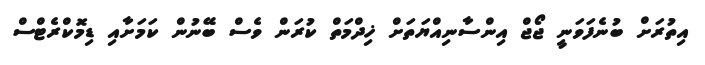
އިތުރަށް ބުނެފަވަނީ ޖޯޖް އިންސާނިއްޔަތަށް ޚިދްމަތް ކުރަން ވެސް ބޭނުން ކަމަށާއި ޑިމޮކްރެޓްސް